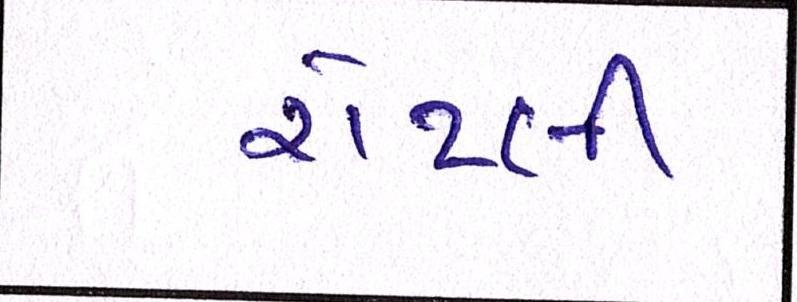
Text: રોટલી